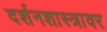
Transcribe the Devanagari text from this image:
दर्शनशास्त्रावर